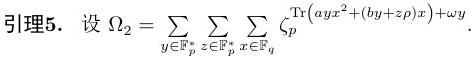
引理5. 设 $\Omega_2 = \sum_{y \in \mathbb{F}_p^r} \sum_{z \in \mathbb{F}_p^s} \sum_{x \in \mathbb{F}_q^n} \zeta_p^{\mathrm{Tr}(ayx^2 + (by + zp)x) + \omega y}.$